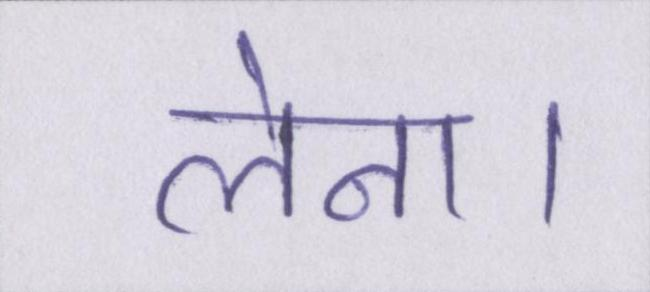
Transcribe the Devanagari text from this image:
लेना।